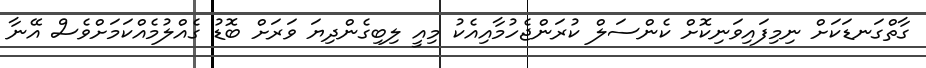
ގާތްގަނޑަކަށް ނިމިފައިވަނިކޮށް ކެންސަލް ކުރަންޖެހުމާއިއެކު މިއީ ލިބިގެންދިޔަ ވަރަށް ބޮޑު ގެއްލުމެއްކަމަށްވެސް އޭނާ